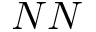
N N